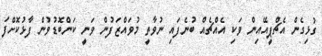
ގުޅިގެން އެޗްޕީއޭއިން ވަކި އެއްޗެއް ބުނެފައި ނުވާތީ މުވައްޒަފުން ވަނީ ކަންބޮޑުވުން ފާޅުކޮށްފަ